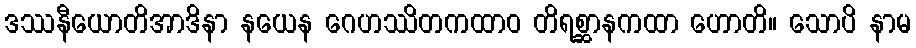
ဒဿနီယောတိအာဒိနာ နယေန ဂေဟဿိတကထာဝ တိရစ္ဆာနကထာ ဟောတိ။ သောပိ နာမ